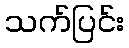
သက်ပြင်း